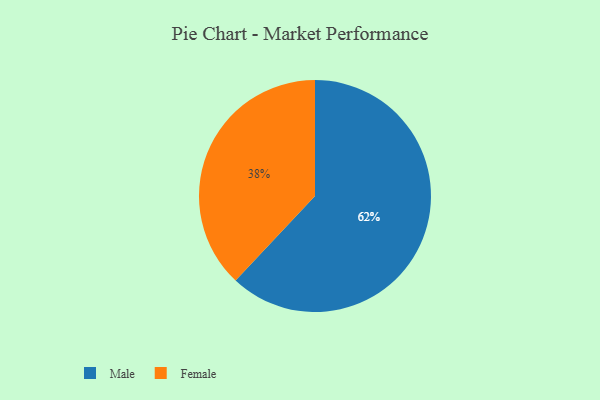
{"axis": {"x": "Category", "y": "Percentage"}, "legend": ["Female", "Male"], "data": [{"x": "Male", "y": 62, "type": "Male"}, {"x": "Female", "y": 38, "type": "Female"}]}